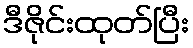
ဒီဇိုင်းထုတ်ပြီး